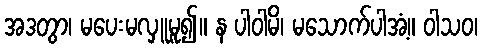
အဒတွာ၊ မပေးမလှူမူ၍။ န ပါဝါမိ၊ မသောက်ပါအံ့။ ဝါသဝ၊